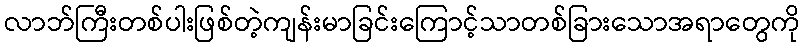
လာဘ်ကြီးတစ်ပါးဖြစ်တဲ့ကျန်းမာခြင်းကြောင့်သာတစ်ခြားသောအရာတွေကို